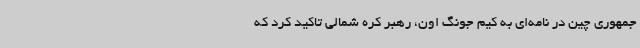
جمهوری چین در نامه‌ای به کیم جونگ اون، رهبر کره شمالی تاکید کرد که